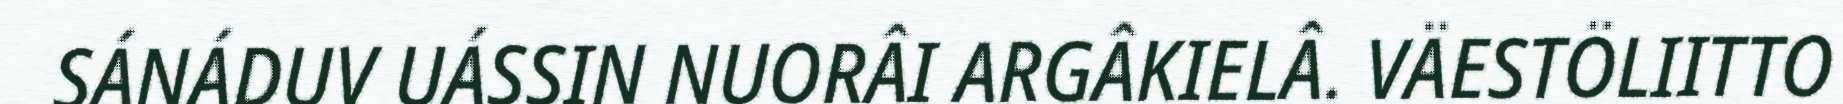
SÁNÁDUV UÁSSIN NUORÂI ARGÂKIELÂ. VÄESTÖLIITTO